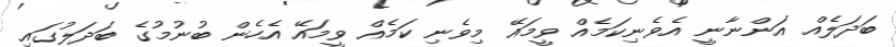
ބަދަލެއް އަންނާނީ އެވެނިކަމެއް ވީމައޭ މިވެނި ކަމެއް ވީމައޭ އެހެން ބުނުމުގެ ބަދަލުގައި